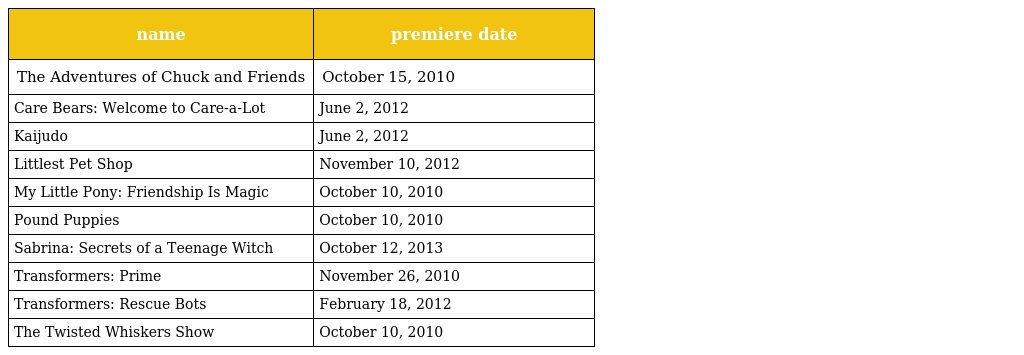
| name | premiere date |
 | --- | --- |
 | The Adventures of Chuck and Friends | October 15, 2010 |
 | Care Bears: Welcome to Care-a-Lot | June 2, 2012 |
 | Kaijudo | June 2, 2012 |
 | Littlest Pet Shop | November 10, 2012 |
 | My Little Pony: Friendship Is Magic | October 10, 2010 |
 | Pound Puppies | October 10, 2010 |
 | Sabrina: Secrets of a Teenage Witch | October 12, 2013 |
 | Transformers: Prime | November 26, 2010 |
 | Transformers: Rescue Bots | February 18, 2012 |
 | The Twisted Whiskers Show | October 10, 2010 |